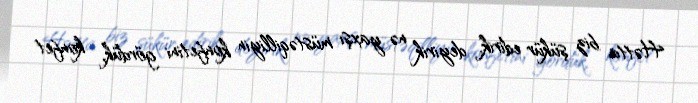
Hətta biz şükür edirik, deyirik nə yaxşı müstəqilliyin konfetini gördük, konfet